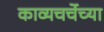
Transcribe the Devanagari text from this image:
काव्यचर्चेच्या